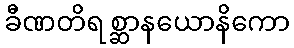
ခီဏတိရစ္ဆာနယောနိကော